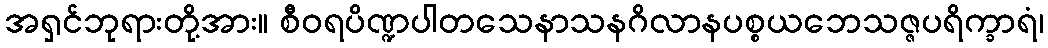
အရှင်ဘုရားတို့အား။ စီဝရပိဏ္ဍပါတသေနာသနဂိလာနပစ္စယဘေသဇ္ဇပရိက္ခာရံ၊